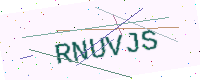
Text: RNUVJS